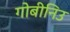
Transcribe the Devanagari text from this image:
गोबीनिउ